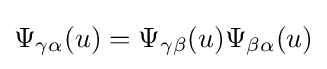
\displaystyle \Psi _{\gamma \alpha }(u)=\Psi _{\gamma \beta }(u)\Psi _{\beta \alpha }(u)